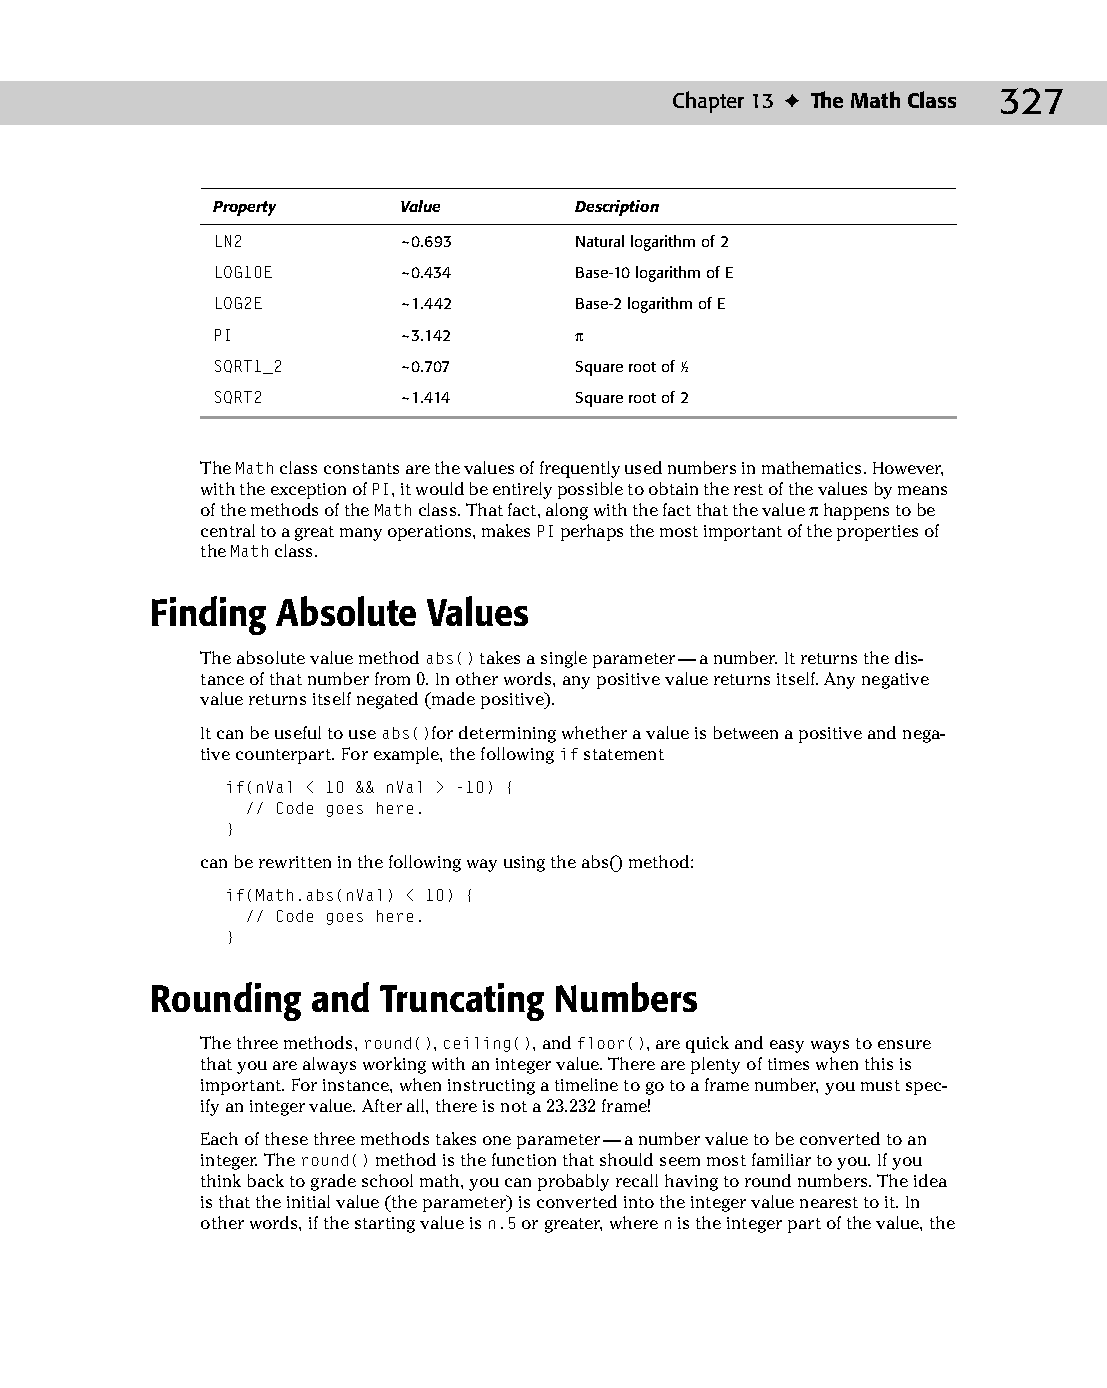
18 543547 ch13.qxd 3/24/04 4:11 PM Page 327
 Chapter 13 ✦ The Math Class 327
 Property     Value      Description
 LN2          ~0.693     Natural logarithm of 2
 LOG10E       ~0.434     Base-10 logarithm of E
 LOG2E        ~1.442     Base-2 logarithm of E
 PI           ~3.142     π
 SQRT1_2      ~0.707     Square root of 1⁄2
 SQRT2        ~1.414     Square root of 2
 The Math class constants are the values of frequently used numbers in mathematics. However,
 with the exception of PI, it would be entirely possible to obtain the rest of the values by means
 of the methods of the Math class. That fact, along with the fact that the value π happens to be
 central to a great many operations, makes PI perhaps the most important of the properties of
 the Math class.
 Finding Absolute  Values
 The absolute value method abs() takes a single parameter — a number. It returns the dis­
 tance of that number from 0. In other words, any positive value returns itself. Any negative
 value returns itself negated (made positive).
 It can be useful to use abs()for determining whether a value is between a positive and nega­
 tive counterpart. For example, the following if statement
 if(nVal < 10 && nVal > -10) {
 // Code goes here.
 }
 can be rewritten in the following way using the abs() method:
 if(Math.abs(nVal) < 10) {
 // Code goes here.
 }
 Rounding   and Truncating  Numbers
 The three methods, round(), ceiling(), and floor(), are quick and easy ways to ensure
 that you are always working with an integer value. There are plenty of times when this is
 important. For instance, when instructing a timeline to go to a frame number, you must spec­
 ify an integer value. After all, there is not a 23.232 frame!
 Each of these three methods takes one parameter — a number value to be converted to an
 integer. The round() method is the function that should seem most familiar to you. If you
 think back to grade school math, you can probably recall having to round numbers. The idea
 is that the initial value (the parameter) is converted into the integer value nearest to it. In
 other words, if the starting value is n.5 or greater, where n is the integer part of the value, the